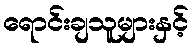
ရောင်းချသူများနှင့်